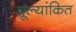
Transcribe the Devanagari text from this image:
मूल्‍यांकित